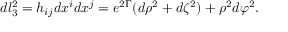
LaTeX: d l _ { 3 } ^ { 2 } = h _ { i j } d x ^ { i } d x ^ { j } = e ^ { 2 \Gamma } ( d \rho ^ { 2 } + d \zeta ^ { 2 } ) + \rho ^ { 2 } d \varphi ^ { 2 } .